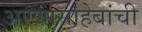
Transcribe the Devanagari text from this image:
अण्णासाहेबांची